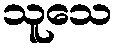
သူသေ